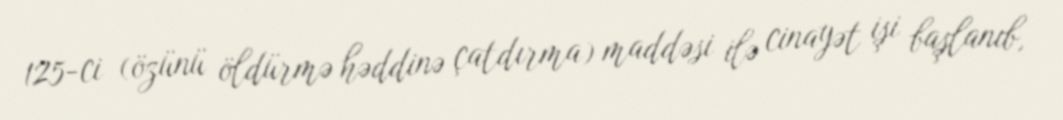
125-ci (özünü öldürmə həddinə çatdırma) maddəsi ilə cinayət işi başlanıb,